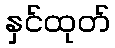
နှင်ထုတ်